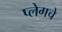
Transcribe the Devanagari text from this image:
प्लेगचे